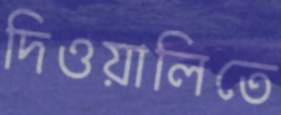
দিওয়ালিতে